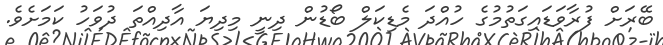
ބޭރަށް ފުރާވަޑައިގަތުމުގެ ހުއްދަ މެޑިކަލް ބޯޑުން ދިނީ މިދިޔަ އާދިއްތަ ދުވަހު ކަމަށެވެ.